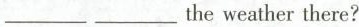
___ ___ the weather there?